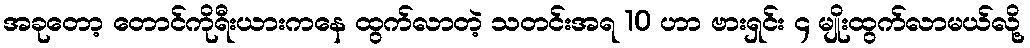
အခုတော့ တောင်ကိုရီးယားကနေ ထွက်လာတဲ့ သတင်းအရ 10 ဟာ ဗားရှင်း ၄ မျိုးထွက်လာမယ်လို့